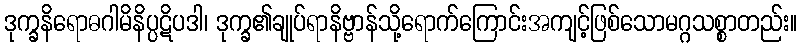
ဒုက္ခနိရောဓဂါမိနိပ္ပဋိပဒါ၊ ဒုက္ခ၏ချုပ်ရာနိဗ္ဗာန်သို့ရောက်ကြောင်းအကျင့်ဖြစ်သောမဂ္ဂသစ္စာတည်း။